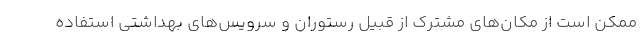
ممکن است از مکان‌های مشترک از قبیل رستوران و سرویس‌های بهداشتی استفاده